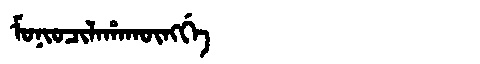
Manchu: ᠮᠣᠨᡳᠣᠴᡳᠯᠠᡥᠠᡴᡡᠩᡤᡝ
Romanization: MONIOCILAHAKŪNGGE